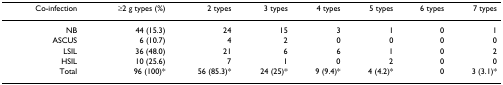
<table><thead><tr><td><b>Co-infection</b></td><td><b>≥2 g types (%)</b></td><td><b>2 types</b></td><td><b>3 types</b></td><td><b>4 types</b></td><td><b>5 types</b></td><td><b>6 types</b></td><td><b>7 types</b></td></tr></thead><tbody><tr><td>NB</td><td>44 (15.3)</td><td>24</td><td>15</td><td>3</td><td>1</td><td>0</td><td>1</td></tr><tr><td>ASCUS</td><td>6 (10.7)</td><td>4</td><td>2</td><td>0</td><td>0</td><td>0</td><td>0</td></tr><tr><td>LSIL</td><td>36 (48.0)</td><td>21</td><td>6</td><td>6</td><td>1</td><td>0</td><td>2</td></tr><tr><td>HSIL</td><td>10 (25.6)</td><td>7</td><td>1</td><td>0</td><td>2</td><td>0</td><td>0</td></tr><tr><td>Total</td><td>96 (100)*</td><td>56 (85.3)*</td><td>24 (25)*</td><td>9 (9.4)*</td><td>4 (4.2)*</td><td>0</td><td>3 (3.1)*</td></tr></tbody></table>